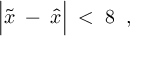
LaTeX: \Big | \tilde { x } \; - \; \hat { x } \Big | \; < \; 8 \; \; ,